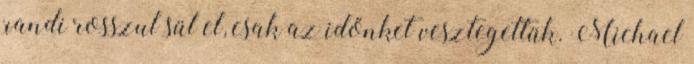
randi rosszul sül el, csak az időnket vesztegettük. Michael